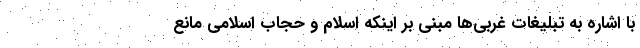
با اشاره به تبلیغات غربی‌ها مبنی بر اینکه اسلام و حجاب اسلامی مانع